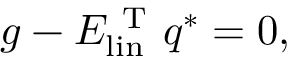
g - E _ { \mathrm { l i n } } ^ { \mathrm { ~ T ~ } } q ^ { * } = 0 ,